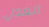
العدل